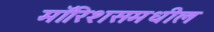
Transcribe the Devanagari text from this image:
मॉरिशसमधील